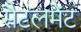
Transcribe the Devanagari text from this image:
सैटलमेंट